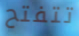
تتفتح